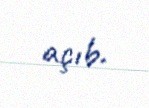
açıb.